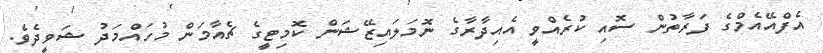
އެފްއޭއެމްގެ ފަރާތުން ސޮއި ކުރެއްވީ އެއިދާރާގެ ނޮމަލައިޒޭޝަން ކޮމިޓީގެ ޗެއާމަން މުހައްމަދު ޝަވީދެވެ.